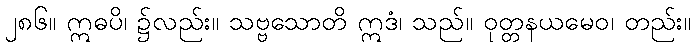
၂၈၆။ ဣဓပိ၊ ၌လည်း။ သဗ္ဗသောတိ ဣဒံ၊ သည်။ ဝုတ္တနယမေဝ၊ တည်း။